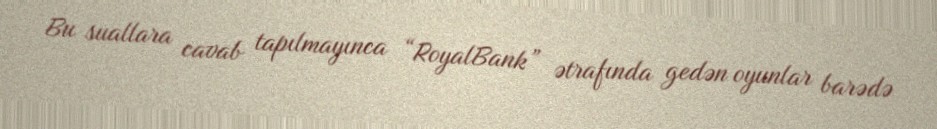
Bu suallara cavab tapılmayınca “RoyalBank” ətrafında gedən oyunlar barədə